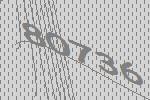
80736